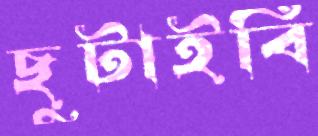
ছুটাইবি